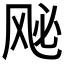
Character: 𫠈